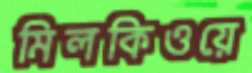
মিলকিওয়ে